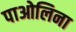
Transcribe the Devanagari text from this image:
पाओलिना